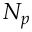
N _ { p }